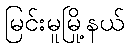
မြင်းမူမြို့နယ်